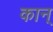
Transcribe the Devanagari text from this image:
कान्‌